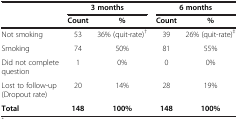
|  | <COLSPAN=2> 3 months | <COLSPAN=2> 6 months |
 |  | Count | % | Count | % |
 | --- | --- | --- | --- | --- |
 | Not smoking | 53 | 36% (quit-rate)† | 39 | 26% (quit-rate)‡ |
 | Smoking | 74 | 50% | 81 | 55% |
 | Did not complete question | 1 | 0% | 0 | 0% |
 | Lost to follow-up (Dropout rate) | 20 | 14% | 28 | 19% |
 | Total | 148 | 100% | 148 | 100% |